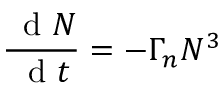
\frac { \, \mathrm { ~ d ~ } N } { \, \mathrm { ~ d ~ } t } = - \Gamma _ { n } N ^ { 3 }